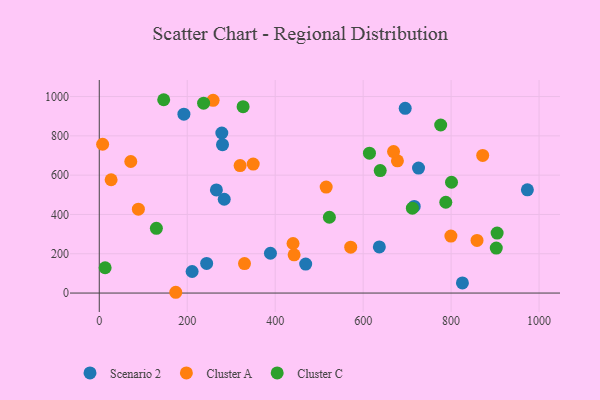
{"axis": {"x": "Speed", "y": "Yield"}, "legend": ["Cluster A", "Cluster C", "Scenario 2"], "data": [{"x": "278.6", "y": 814.5, "type": "Scenario 2"}, {"x": "636.8", "y": 234.6, "type": "Scenario 2"}, {"x": "192.4", "y": 910.3, "type": "Scenario 2"}, {"x": "825.7", "y": 51.7, "type": "Scenario 2"}, {"x": "266.3", "y": 524.8, "type": "Scenario 2"}, {"x": "973.4", "y": 525.3, "type": "Scenario 2"}, {"x": "389.2", "y": 202.7, "type": "Scenario 2"}, {"x": "469.3", "y": 147.7, "type": "Scenario 2"}, {"x": "725.9", "y": 635.9, "type": "Scenario 2"}, {"x": "211.1", "y": 109.8, "type": "Scenario 2"}, {"x": "716.1", "y": 440.7, "type": "Scenario 2"}, {"x": "244.1", "y": 150.7, "type": "Scenario 2"}, {"x": "695.6", "y": 940.1, "type": "Scenario 2"}, {"x": "284.1", "y": 477.5, "type": "Scenario 2"}, {"x": "280.2", "y": 755.3, "type": "Scenario 2"}, {"x": "677.9", "y": 672.9, "type": "Cluster A"}, {"x": "320.2", "y": 649.0, "type": "Cluster A"}, {"x": "858.9", "y": 268.1, "type": "Cluster A"}, {"x": "440.6", "y": 252.1, "type": "Cluster A"}, {"x": "330.2", "y": 150.0, "type": "Cluster A"}, {"x": "350.0", "y": 656.4, "type": "Cluster A"}, {"x": "443.0", "y": 194.4, "type": "Cluster A"}, {"x": "71.6", "y": 669.4, "type": "Cluster A"}, {"x": "26.9", "y": 576.7, "type": "Cluster A"}, {"x": "669.1", "y": 719.9, "type": "Cluster A"}, {"x": "871.8", "y": 700.5, "type": "Cluster A"}, {"x": "88.9", "y": 426.7, "type": "Cluster A"}, {"x": "515.9", "y": 539.3, "type": "Cluster A"}, {"x": "571.7", "y": 233.6, "type": "Cluster A"}, {"x": "7.6", "y": 757.3, "type": "Cluster A"}, {"x": "258.8", "y": 980.9, "type": "Cluster A"}, {"x": "173.9", "y": 4.0, "type": "Cluster A"}, {"x": "799.5", "y": 290.2, "type": "Cluster A"}, {"x": "523.2", "y": 385.8, "type": "Cluster C"}, {"x": "146.5", "y": 983.9, "type": "Cluster C"}, {"x": "129.8", "y": 329.5, "type": "Cluster C"}, {"x": "638.8", "y": 623.2, "type": "Cluster C"}, {"x": "800.9", "y": 564.0, "type": "Cluster C"}, {"x": "787.9", "y": 462.1, "type": "Cluster C"}, {"x": "237.2", "y": 966.2, "type": "Cluster C"}, {"x": "614.3", "y": 711.7, "type": "Cluster C"}, {"x": "902.7", "y": 229.0, "type": "Cluster C"}, {"x": "711.9", "y": 431.9, "type": "Cluster C"}, {"x": "904.6", "y": 305.5, "type": "Cluster C"}, {"x": "327.0", "y": 948.3, "type": "Cluster C"}, {"x": "13.3", "y": 128.9, "type": "Cluster C"}, {"x": "776.3", "y": 855.2, "type": "Cluster C"}]}